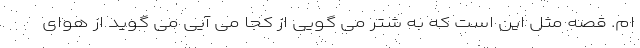
ام. قصه مثل این است که به شتر می گویی از کجا می آیی می گوید از هوای